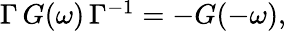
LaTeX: \begin{array}{r}{\Gamma\, G(\omega)\, \Gamma^{-1}=-G(-\omega),}\end{array}